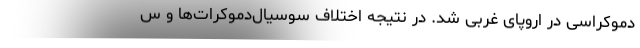
دموکراسی در اروپای غربی شد. در نتیجه اختلاف سوسیال‌دموکرات‌ها و س